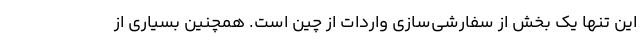
این تنها یک بخش از سفارشی‌سازی واردات از چین است. همچنین بسیاری از